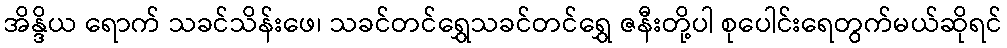
အိန္ဒိယ ရောက် သခင်သိန်းဖေ၊ သခင်တင်ရွှေသခင်တင်ရွှေ ဇနီးတို့ပါ စုပေါင်းရေတွက်မယ်ဆိုရင်